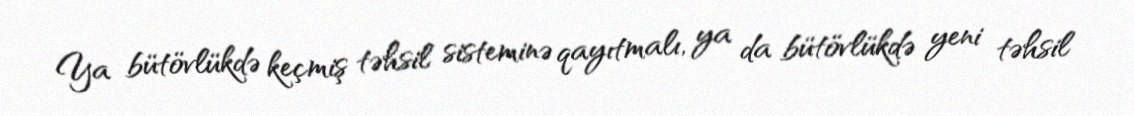
Ya bütövlükdə keçmiş təhsil sisteminə qayıtmalı, ya da bütövlükdə yeni təhsil